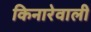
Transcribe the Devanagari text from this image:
किनारेवाली